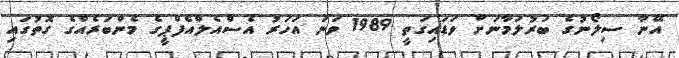
އޭނާ ސިލޯނުގެ ބަރުލަމާނަށް ވަޑައިގަތީ 1989 ވަނަ އަހަރު އެސްއެލްއެފްޕީގެ މެންބަރެއްގެ ގޮތުގައި